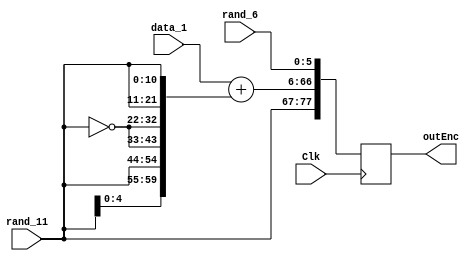
module encrypt_function_2 (Clk,data_1,outEnc,rand_11,rand_6);
    input Clk;
    input [59:0]data_1;
    input [10:0]rand_11;
    input [5:0]rand_6;
    output [77:0]outEnc;
    reg [77:0]outEnc;
    reg [59:0]b;
    reg [60:0]x;
    always @(posedge Clk) begin
        b[10:0]=rand_11;
        b[21:11]=rand_11;
        b[32:22]=~rand_11;
        b[43:33]=~rand_11;
        b[54:44]=rand_11;
        b[59:55]=rand_11[4:0];
        x=data_1+b;
        outEnc[66:6]=x;
        outEnc[77:67]=rand_11;
        outEnc[5:0]=rand_6;
    end
endmodule